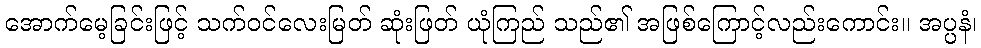
အောက်မေ့ခြင်းဖြင့် သက်ဝင်လေးမြတ် ဆုံးဖြတ် ယုံကြည် သည်၏ အဖြစ်ကြောင့်လည်းကောင်း။ အပ္ပနံ၊